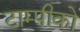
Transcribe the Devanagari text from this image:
टाम्पीको